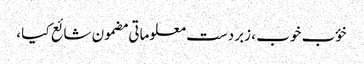
خؤب خوب ، زبردست معلوماتی مضمون شائع کیا ،